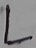
Text: L